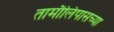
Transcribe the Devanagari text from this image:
तामौलिपासच्या